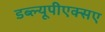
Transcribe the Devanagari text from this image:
डब्ल्यूपीएक्सए